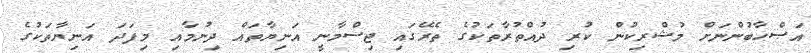
އަޞްޙާބުންނަށް މުޝްރިކުން ކުރި ދުއްތުރާތަކުގެ ތެރޭގައި ޖިސްމާނީ އަނިޔާތައް ދިނުމާއި މިފަދަ އަނިޔާތަކުގެ